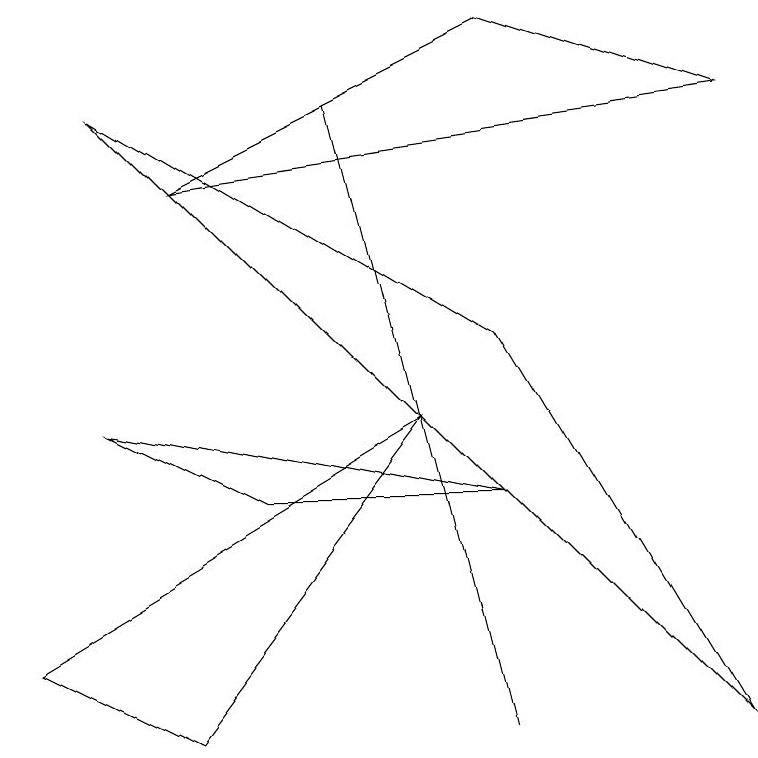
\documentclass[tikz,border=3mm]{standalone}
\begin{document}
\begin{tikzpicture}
\draw (1,8) -- (6,5) -- (9,0) -- cycle;
\draw (6,9) -- (9,8) -- (2,7) -- cycle;
\draw (4,8) -- (4,8) -- (6,0) -- cycle;
\draw (2,0) -- (0,1) -- (5,4) -- cycle;
\draw (1,4) -- (6,3) -- (3,3) -- cycle;
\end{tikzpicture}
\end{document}